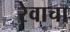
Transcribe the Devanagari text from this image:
रेवाचा